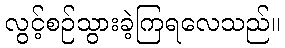
လွင့်စဉ်သွားခဲ့ကြရလေသည်။